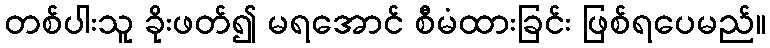
တစ်ပါးသူ ခိုးဖတ်၍ မရအောင် စီမံထားခြင်း ဖြစ်ရပေမည်။